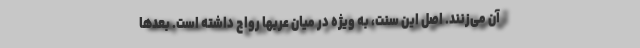
آن می‌زنند. اصل این سنت، به ویژه در میان عربها رواج داشته‌ است. بعدها